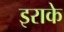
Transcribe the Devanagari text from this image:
इराके